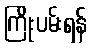
ကြိုးပမ်းရန်